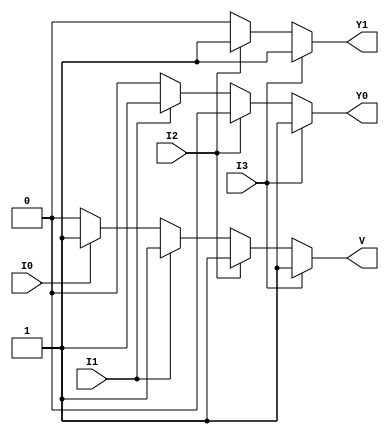
module priority_encoder (
    input wire I0,  // Input 0 (Lowest priority)
    input wire I1,  // Input 1
    input wire I2,  // Input 2
    input wire I3,  // Input 3 (Highest priority)
    output reg Y1,  // Output bit 1
    output reg Y0,  // Output bit 0
    output reg V    // Valid output
);

    always @(*) begin
        // Default values
        Y1 = 1'b0;
        Y0 = 1'b0;
        V = 1'b0;

        // Priority encoding logic
        if (I3) begin
            Y1 = 1'b1;
            Y0 = 1'b1;
            V = 1'b1;
        end else if (I2) begin
            Y1 = 1'b1;
            Y0 = 1'b0;
            V = 1'b1;
        end else if (I1) begin
            Y1 = 1'b0;
            Y0 = 1'b1;
            V = 1'b1;
        end else if (I0) begin
            Y1 = 1'b0;
            Y0 = 1'b0;
            V = 1'b1;
        end else begin
            // All inputs are low
            Y1 = 1'b0;
            Y0 = 1'b0;
            V = 1'b0;
        end
    end

endmodule